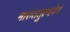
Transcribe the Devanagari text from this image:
मारुततुल्यवेगं